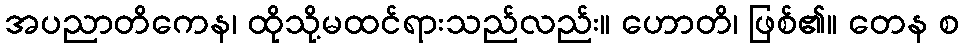
အပညာတိကေန၊ ထိုသို့မထင်ရားသည်လည်း။ ဟောတိ၊ ဖြစ်၏။ တေန စ